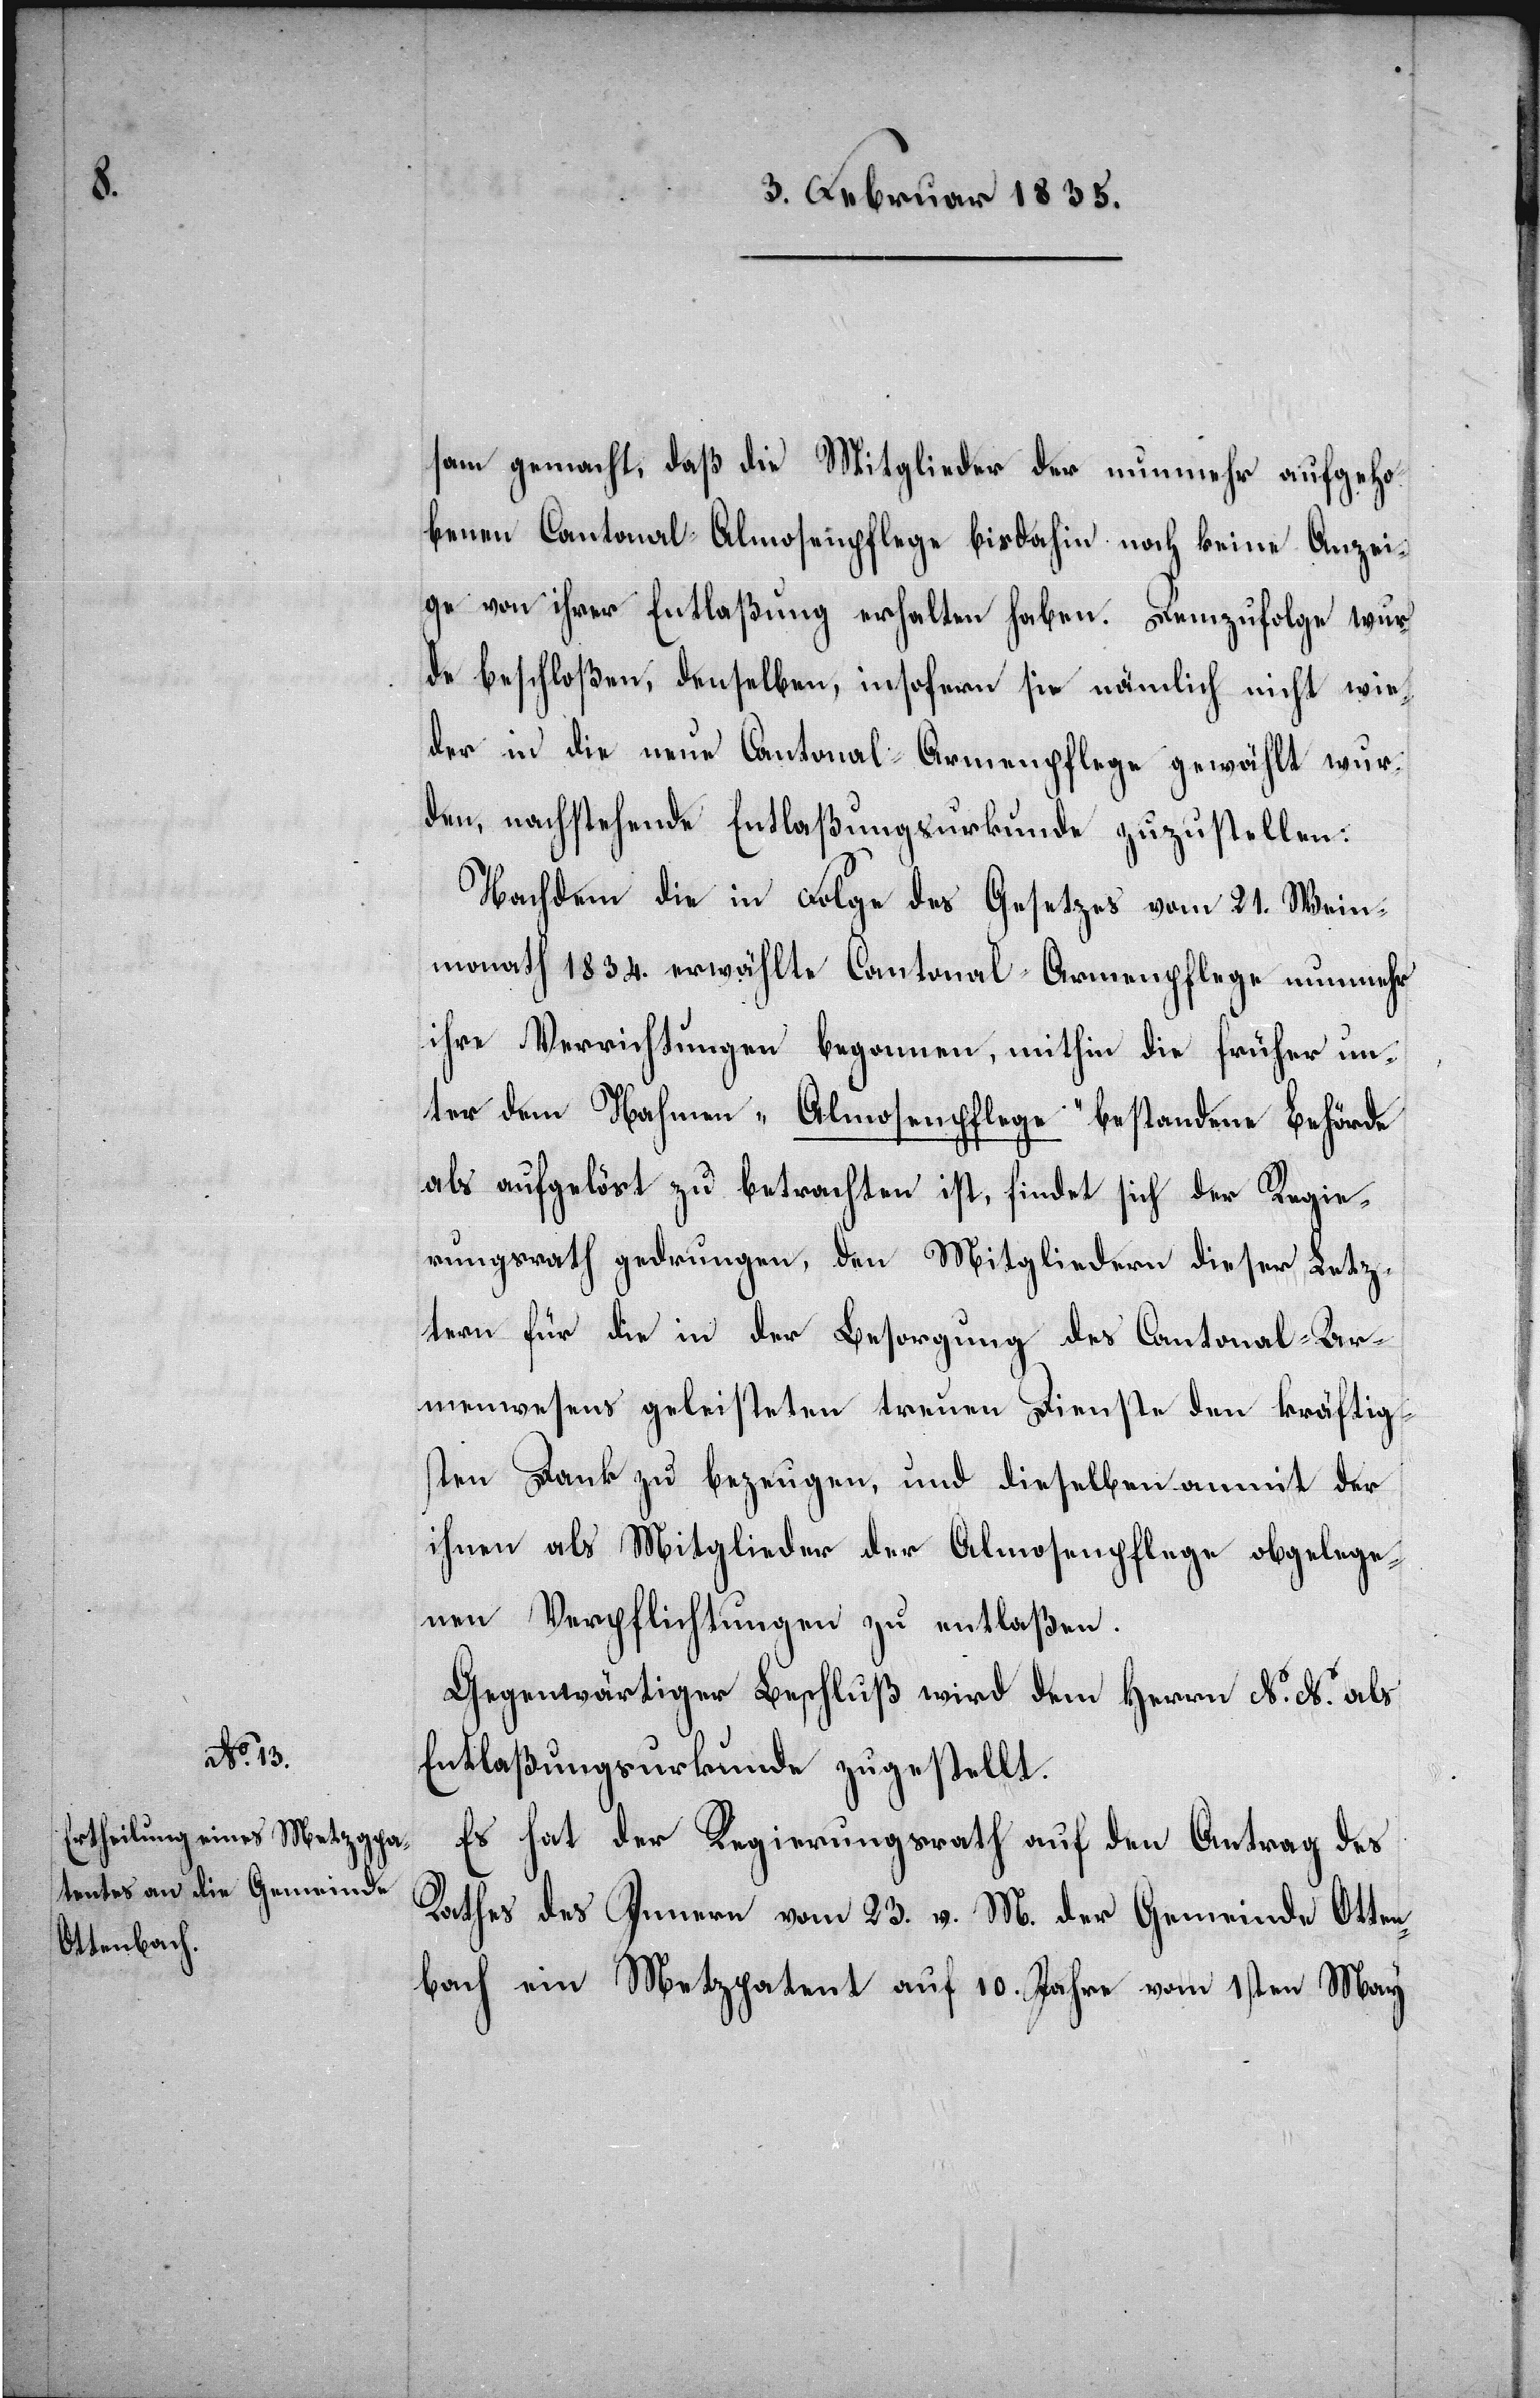
sam gemacht, daß die Mitglieder der nunmehr aufgeho¬
benen Cantonal-Almosenpflege bisdahin noch keine Anzei¬
ge von ihrer Entlaßung erhalten haben. Demzufolge wur¬
de beschloßen, denselben, insofern sie nämlich nicht wie¬
der in die neue Cantonal-Armenpflege gewählt wur¬
den, nachstehende Entlaßungsurkunde zuzustellen:
Nachdem die in Folge des Gesetzes vom 21. Wein¬
monath 1834. erwählte Cantonal-Armenpflege nunmehr
ihre Verrichtungen begonnen, mithin die früher un¬
ter dem Nahmen „Almosenpflege“ bestandene Behörde
als aufgelöst zu betrachten ist, findet sich der Regie¬
rungsrath gedrungen, den Mitgliedern dieser Letz¬
tern für die in der Besorgung des Cantonal-Ar¬
menwesens geleisteten treuen Dienste den kräftig¬
sten Dank zu bezeugen, und dieselben anmit der
ihnen als Mitglieder der Almosenpflege abgelege¬
nen Verpflichtungen zu entlaßen.
Gegenwärtiger Beschluß wird dem Herrn N. N. als
Entlaßungsurkunde zugestellt.
Es hat der Regierungsrath auf den Antrag des
Rathes des Innern vom 23. v. M. der Gemeinde Otten¬
bach ein Metz[g]patent auf 10. Jahre vom 1sten May